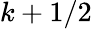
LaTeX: k+1/2